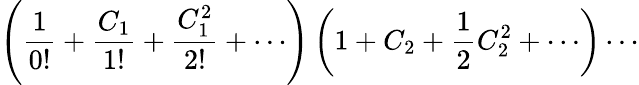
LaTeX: \left({\frac{1}{0!}}+{\frac{C_{1}}{1!}}+{\frac{C_{1}^{2}}{2!}}+\cdots\right)\left(1+C_{2}+{\frac{1}{2}}C_{2}^{2}+\cdots\right)\cdots